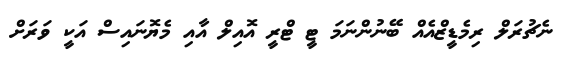
ނެޗުރަލް ރިމެޑީޒްއެއް ބޭނުންނަމަ ޓީ ޓްރީ އޮއިލް އާއި މެޔޮނައިސް އަކީ ވަރަށް